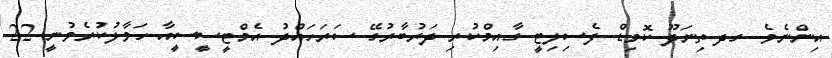
އިންނެވެ. ގދ.ތިނަދޫ ކޮވިޑް ފެސިލިޓީ ގާއިމްކުރި ދަރުބާރުގޭ ސަރަހައްދު އެމްޓީސީސީއާ ހަވާލުކުރެވުނީ 22